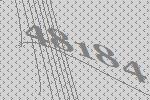
48184